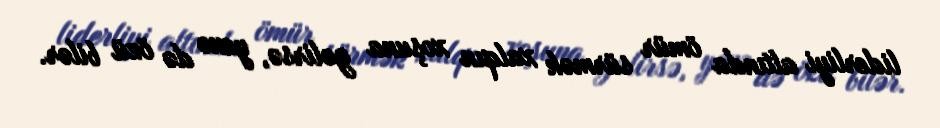
liderliyi altında ömür sürmək xalqın xoşuna gəlirsə, yenə də özü bilər.